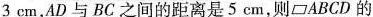
3cm，AD与BC之间的距离是5cm，则ABCD的